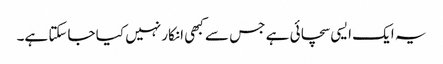
یہ ایک ایسی سچائی ہے جس سے کبھی انکار نہیں کیا جاسکتا ہے۔